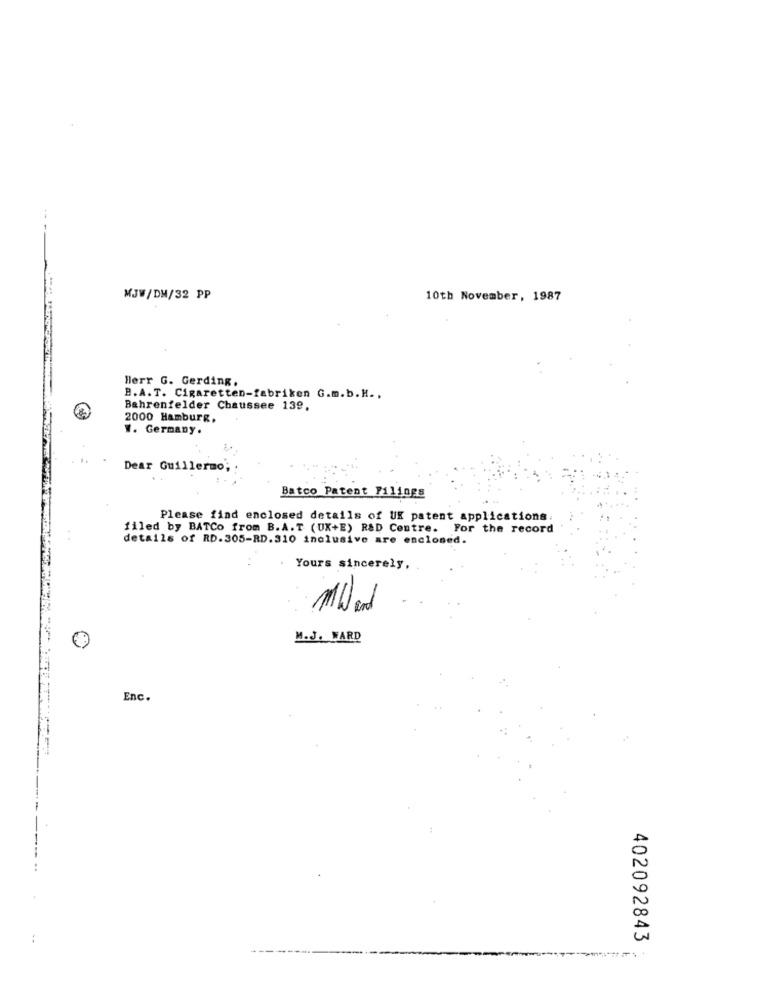
MJW/DM/32 PP
10th November, 1987
Herr G. Gerding.
B.A.T. Cigaretten-fabriken G.m.b.H .,
Bahrenfelder Chaussee 13º,
2000 Hamburg,
W. Germany.
Dear Guillermo;
Batco Patent Filings
Please find enclosed details of UK patent applications.
filed by BATCo from B.A.T (UX+E) R&D Centre. For the record
. .
details of RD.305-RD.310 inclusive are enclosed.
Yours sincerely,
MW and
M.J. WARD
Enc.
402092843